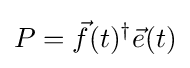
P={\vec {f}}(t)^{\dagger }{\vec {e}}(t)